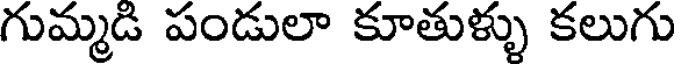
గుమ్మడి పండులా కూతుళ్ళు కలుగు